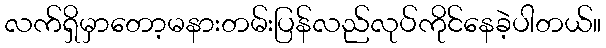
လက်ရှိမှာတော့မနားတမ်းပြန်လည်လုပ်ကိုင်နေခဲ့ပါတယ်။